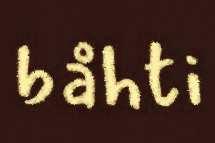
båhti